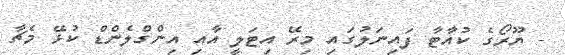
- ޔޫރޯގެ ކުއާޓާ ފައިނަލުގައި މިރޭ އިޓަލީ އާއި އިންގްލެންޑް ކުޅޭ މެޗާ